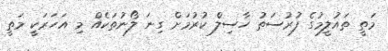
މަތީ ތައުލީމުގެ ފުރުސަތު ހާސިލް ކުރުމަށް ގިނަ ލޯނުތަކެއް މި އަހަރަކީ މަތީ